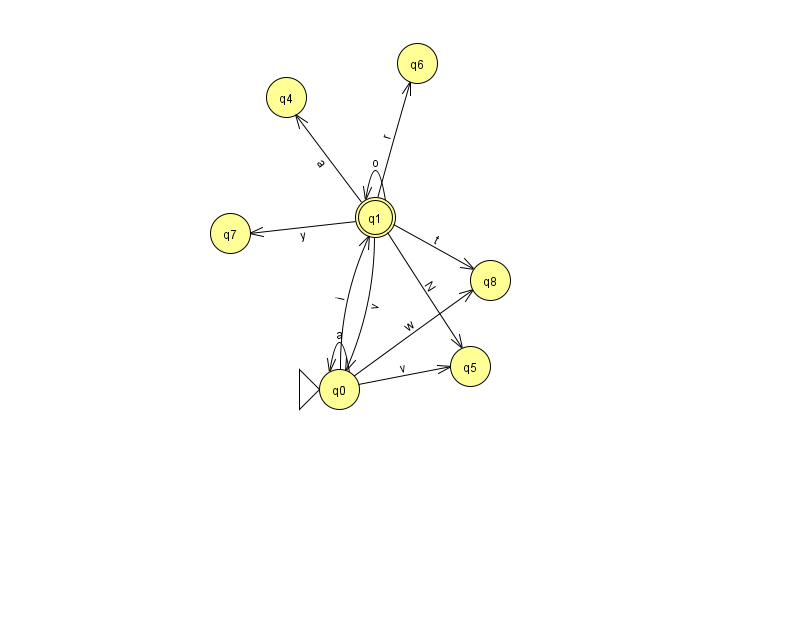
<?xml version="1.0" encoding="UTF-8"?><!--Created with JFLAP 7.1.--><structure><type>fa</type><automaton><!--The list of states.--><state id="0" name="q0"><x>339.0</x><y>376.0</y><initial/></state><state id="1" name="q1"><x>375.0</x><y>204.0</y><final/></state><state id="4" name="q4"><x>286.0</x><y>84.0</y></state><state id="5" name="q5"><x>470.0</x><y>353.0</y></state><state id="6" name="q6"><x>417.0</x><y>50.0</y></state><state id="7" name="q7"><x>230.0</x><y>220.0</y></state><state id="8" name="q8"><x>490.0</x><y>267.0</y></state><!--The list of transitions.--><transition><from>0</from><to>0</to><read>a</read></transition><transition><from>0</from><to>1</to><read>i</read></transition><transition><from>1</from><to>6</to><read>r</read></transition><transition><from>1</from><to>4</to><read>a</read></transition><transition><from>0</from><to>8</to><read>w</read></transition><transition><from>1</from><to>7</to><read>y</read></transition><transition><from>1</from><to>5</to><read>N</read></transition><transition><from>0</from><to>5</to><read>v</read></transition><transition><from>1</from><to>0</to><read>v</read></transition><transition><from>1</from><to>1</to><read>o</read></transition><transition><from>1</from><to>8</to><read>t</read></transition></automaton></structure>